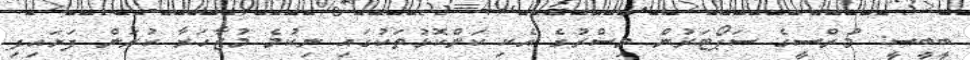
ބީބީސީ: މުރްސީގެ ސަޕޯޓަރުން މިސްރުގެ އެކި ކަންކޮޅުތަކުގައި ނިކުމެ މުޒާހަރާ ކުރަން ފަށައިފި